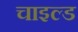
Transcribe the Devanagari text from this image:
चाइल्‍ड